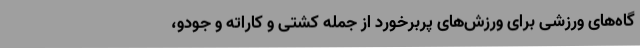
گاه‌های ورزشی برای ورزش‌های پربرخورد از جمله کشتی و کاراته و جودو،